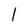
Character: I